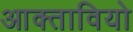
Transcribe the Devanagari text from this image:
आक्तावियो